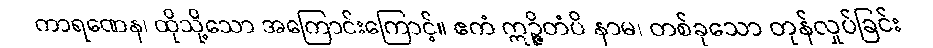
ကာရဏေန၊ ထိုသို့သော အကြောင်းကြောင့်။ ဧကံ ဣဉ္ဇိတံပိ နာမ၊ တစ်ခုသော တုန်လှုပ်ခြင်း